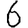
Digit: 6